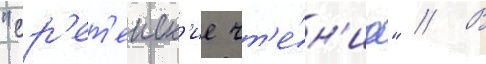
"ср'ет'енск'ие чт'е́н'иа" // В